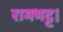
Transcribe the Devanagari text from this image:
रामभट्ट।